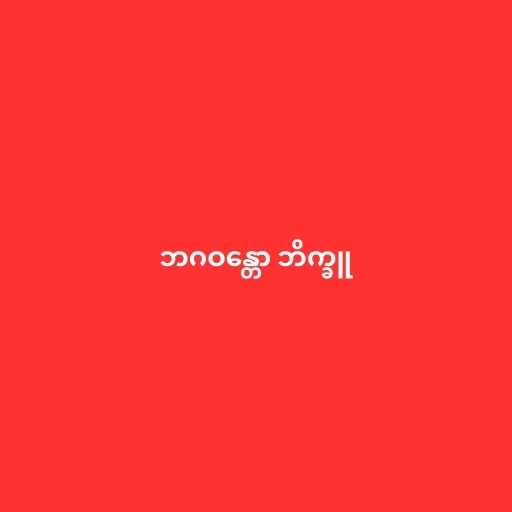
ဘဂဝန္တော ဘိက္ခူ